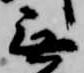
無